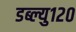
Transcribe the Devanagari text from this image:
डब्ल्यु१२०